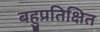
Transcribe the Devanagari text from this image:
बहुप्रतिक्षित